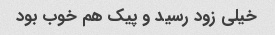
خیلی زود رسید و پیک هم خوب بود